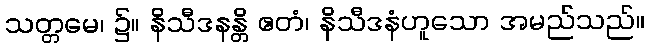
သတ္တမေ၊ ၌။ နိသီဒနန္တိ ဧတံ၊ နိသီဒနံဟူသော အမည်သည်။